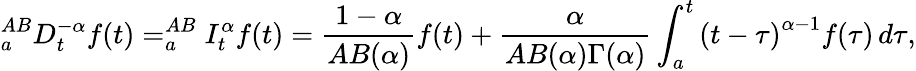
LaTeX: _{a}^{AB}D_{t}^{-\alpha}f(t)=_{a}^{AB}I_{t}^{\alpha}f(t)={\frac{1-\alpha}{AB(\alpha)}}f(t)+{\frac{\alpha}{AB(\alpha)\Gamma(\alpha)}}\int_{a}^{t}\left(t-\tau\right)^{\alpha-1}f(\tau)\, d\tau,